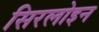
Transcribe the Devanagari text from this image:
सिरलोइन